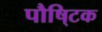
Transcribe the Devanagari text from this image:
पौषि्टक